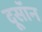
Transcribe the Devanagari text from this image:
दूसॉन